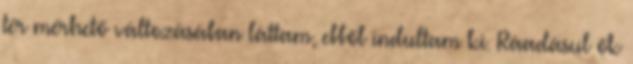
tér mérhető változásában láttam, ebből indultam ki. Ráadásul ők